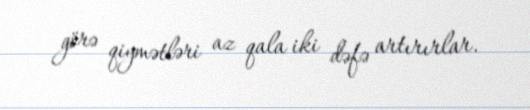
görə qiymətləri az qala iki dəfə artırırlar.